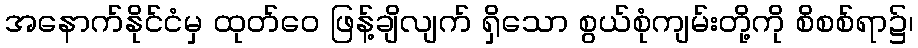
အနောက်နိုင်ငံမှ ထုတ်ဝေ ဖြန့်ချိလျက် ရှိသော စွယ်စုံကျမ်းတို့ကို စိစစ်ရာ၌၊